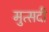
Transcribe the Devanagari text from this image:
मुत्सदी